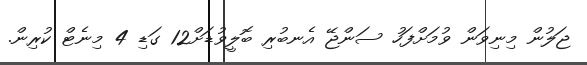
ޖަލުން މިނިވަން ވުމަށްފަހު ސަންޖޭ އެނބުރި ބޮލީވުޑަށް12 ގަޑި 4 މިނެޓް ކުރިން.